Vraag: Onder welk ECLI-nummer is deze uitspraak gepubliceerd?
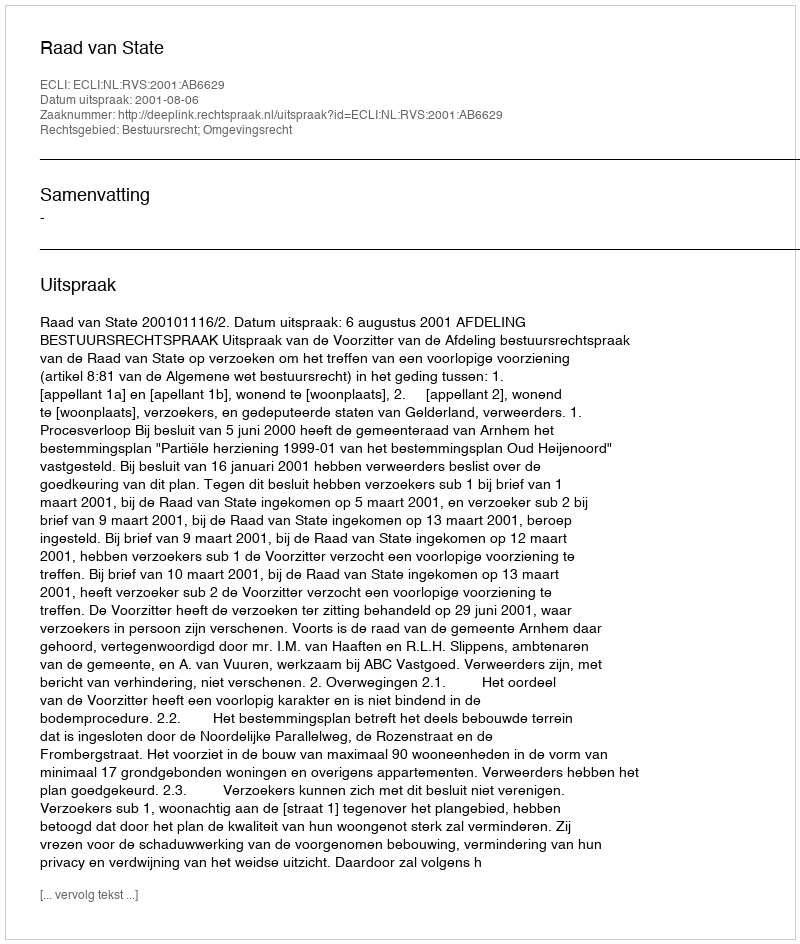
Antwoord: ECLI:NL:RVS:2001:AB6629